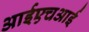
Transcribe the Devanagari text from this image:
आईएचआई